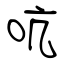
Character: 吭